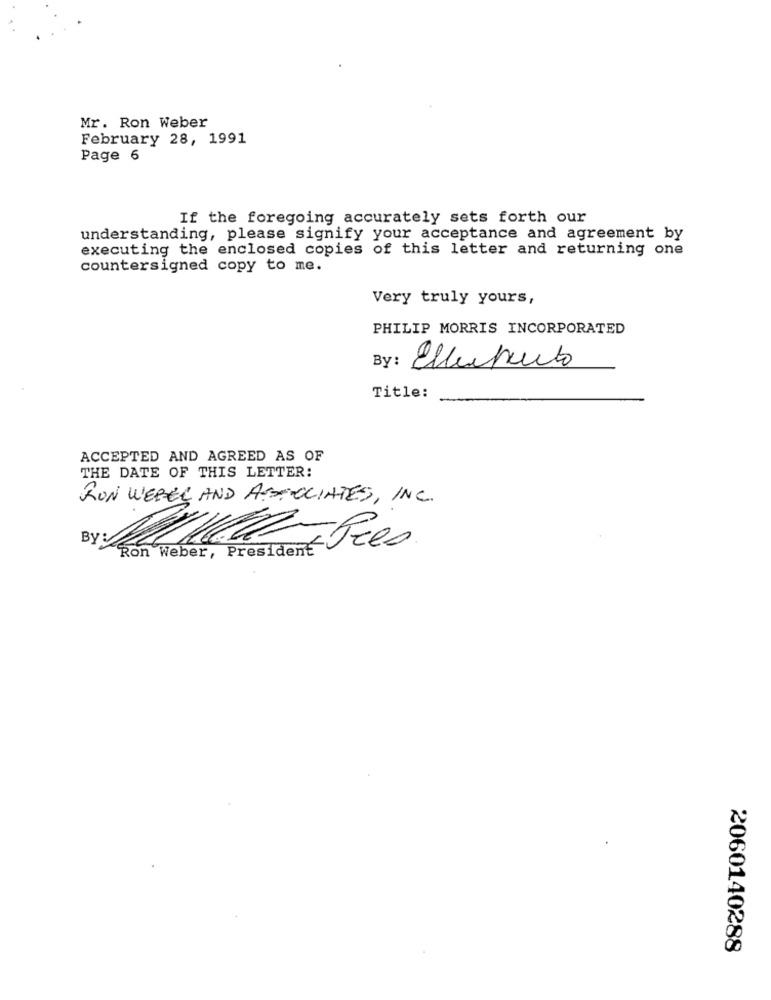
Mr. Ron Weber
February 28, 1991
Page 6
If the foregoing accurately sets forth our
understanding, please signify your acceptance and agreement by
executing the enclosed copies of this letter and returning one
countersigned copy to me.
Very truly yours,
PHILIP MORRIS INCORPORATED
By :
Ellepeuto
Title:
ACCEPTED AND AGREED AS OF
THE DATE OF THIS LETTER:
RON WEBER AND ASSOCIATES, INC.
2060140288